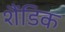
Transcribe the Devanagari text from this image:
शैंडिक